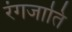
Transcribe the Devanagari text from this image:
रंगजाति